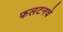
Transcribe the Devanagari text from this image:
फलटनचे